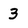
Character: 3